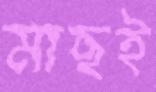
মাছই